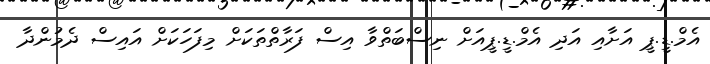
އެމް.ޑީ.ޕީ އަށާއި އަދި އެމް.ޑީ.ޕީއަށް ނިސްބަތްވާ އިސް ފަރާތްތަކަށް މިފަހަކަށް އައިސް ދެމުންދާ